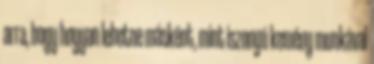
arra, hogy hogyan lehetne másként, mint iszonyú kemény munkával